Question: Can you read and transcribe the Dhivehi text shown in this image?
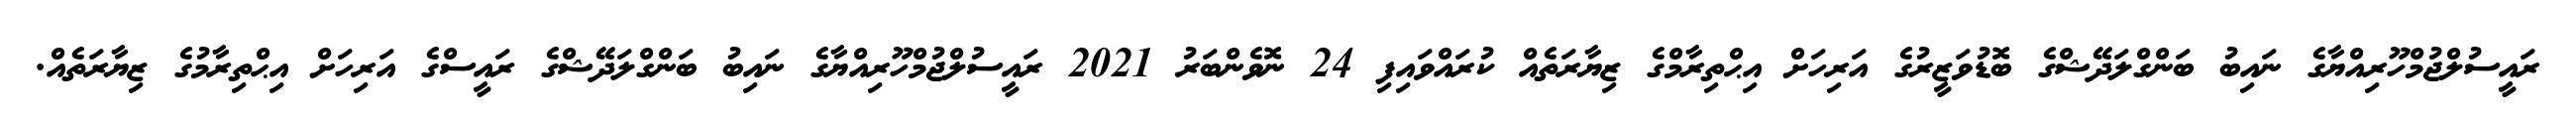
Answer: ރައީސުލްޖުމްހޫރިއްޔާގެ ނައިބު ބަންގްލަދޭޝްގެ ބޮޑުވަޒީރުގެ އަރިހަށް އިޙްތިރާމްގެ ޒިޔާރަތެއް ކުރައްވައިފި 24 ނޮވެންބަރު 2021 ރައީސުލްޖުމްހޫރިއްޔާގެ ނައިބު ބަންގްލަދޭޝްގެ ރައީސްގެ އަރިހަށް އިޙްތިރާމުގެ ޒިޔާރަތެއް.